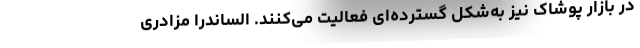
در بازار پوشاک نیز به‌شکل گسترده‌ای فعالیت می‌کنند. الساندرا مزادری